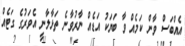
އެއްބަސް ވާން ކަމެއް ވާ ބަޔަކު އަޑެއް ނާރުވާނެ ތަޅާލާނީ އެވަރުގެ ގަޓެއް